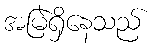
အမြဲရှိနေသည်